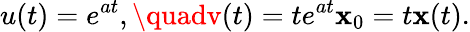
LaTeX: u(t)=e^{at},\quadv(t)=te^{at}\mathbf{x}_{0}=t\mathbf{x}(t).